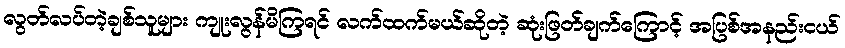
လွတ်လပ်တဲ့ချစ်သူများ ကျုးလွန်မိကြရင် လက်ထက်မယ်ဆိုတဲ့ ဆုံးဖြတ်ချက်ကြောင့် အပြစ်အနည်းငယ်